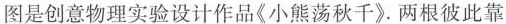
图是创意物理实验设计作品《小熊荡秋千》.两根彼此靠